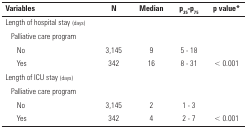
<table><thead><tr><td><b> Variables </b></td><td><b>N</b></td><td><b>Median</b></td><td><b>p<sub>25</sub>-p<sub>75</sub></b></td><td><b>p value*</b></td></tr></thead><tbody><tr><td>Length of hospital stay (days) </td><td> </td><td> </td><td> </td><td> </td></tr><tr><td>Palliative careprogram</td><td> </td><td> </td><td> </td><td> </td></tr><tr><td>No</td><td>3,145</td><td>9</td><td>5 - 18</td><td> </td></tr><tr><td>Yes</td><td>342</td><td>16</td><td>8 - 31</td><td>&lt; 0.001</td></tr><tr><td>Length of ICU stay (days) </td><td> </td><td> </td><td> </td><td> </td></tr><tr><td>Palliative careprogram</td><td> </td><td> </td><td> </td><td> </td></tr><tr><td>No</td><td>3,145</td><td>2</td><td>1 - 3</td><td> </td></tr><tr><td>Yes</td><td>342</td><td>4</td><td>2 - 7</td><td>&lt; 0.001</td></tr></tbody></table>